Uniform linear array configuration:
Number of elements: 8
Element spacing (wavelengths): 1
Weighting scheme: blackman
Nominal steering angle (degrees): -60
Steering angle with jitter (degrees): -61.813
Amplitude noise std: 0.05
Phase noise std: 0.05

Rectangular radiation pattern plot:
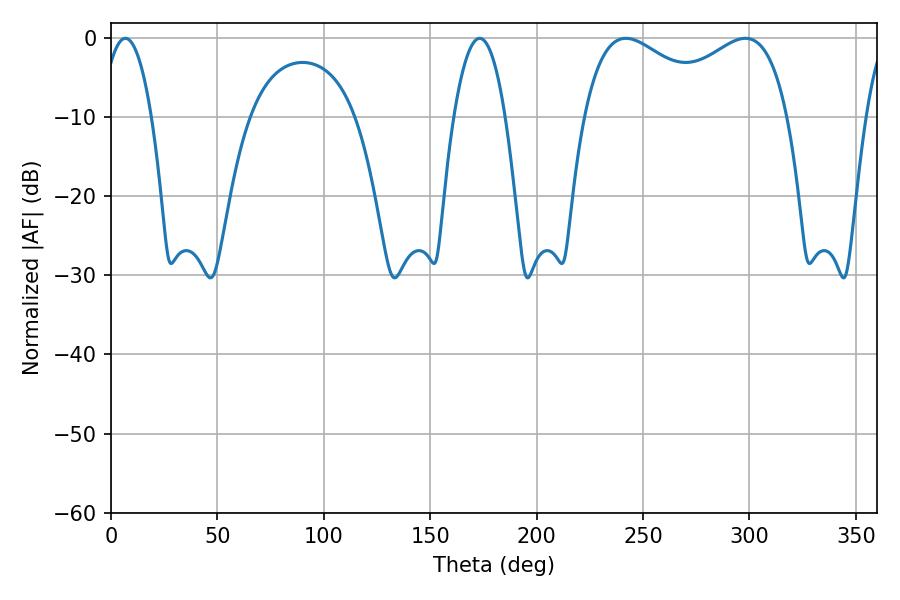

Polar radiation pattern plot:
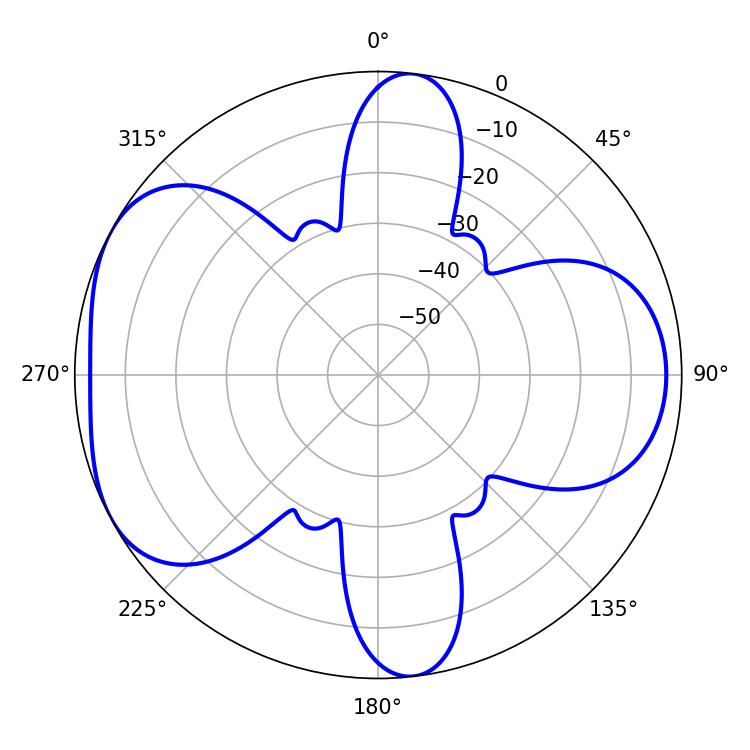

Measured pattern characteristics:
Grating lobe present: TRUE
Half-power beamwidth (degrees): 37.62
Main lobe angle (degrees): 241.92